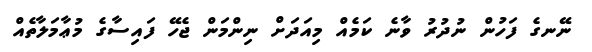
ނޭނގެ ފަހުން ނުދުރު ވާނެ ކަމެއް މިއަދަށް ނިންމަން ޖެހޭ ފައިސާގެ މުޢާމަލާތެއް